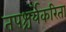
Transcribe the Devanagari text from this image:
तपश्चर्येकरिता